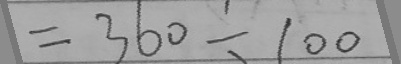
= 3 6 0 \div 1 0 0